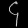
Digit: ၄